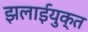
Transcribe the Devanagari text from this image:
झलाईयुक्त